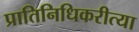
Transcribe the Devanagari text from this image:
प्रातिनिधिकरीत्या